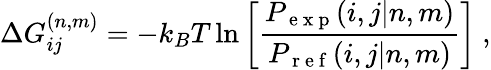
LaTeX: \Delta G_{ij}^{(n,m)}=-k_{B}T\ln\left[\frac{P_{\mathrm{~e~x~p~}}(i,j|n,m)}{P_{\mathrm{~r~e~f~}}(i,j|n,m)}\right]~,